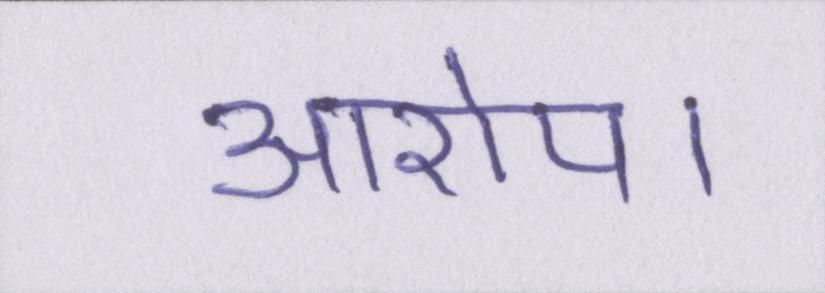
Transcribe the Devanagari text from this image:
आरोप।